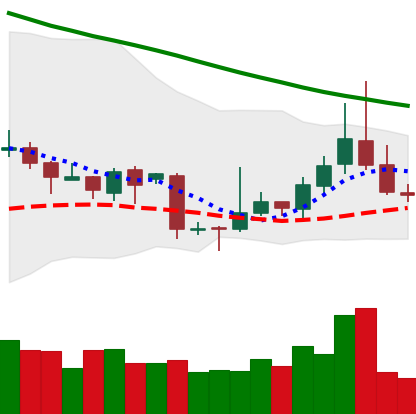
Ticker: TRX-USD
Chart end date: 2018-11-09
Forward return: -15.928%
Label: down_7plus